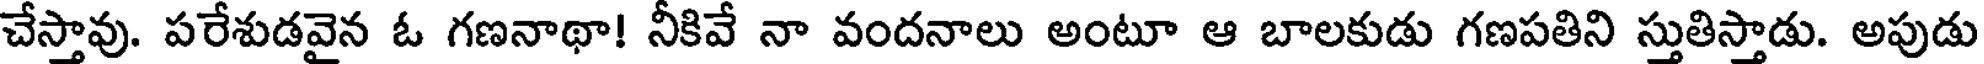
చేస్తావు. పరేశుడవైన ఓ గణనాథా! నీకివే నా వందనాలు అంటూ ఆ బాలకుడు గణపతిని స్తుతిస్తాడు. అపుడు